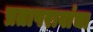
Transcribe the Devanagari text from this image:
प्रतापरावांचा